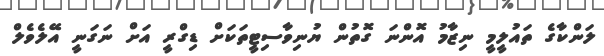
ލަންކާގެ ތައުލީމީ ނިޒާމު އޮންނަ ގޮތުން ޔުނިވާސިޓީތަކަށް ޑިގްރީ އަށް ނަގަނީ އޭލެވެލް